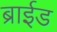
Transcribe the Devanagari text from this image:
ब्राईड